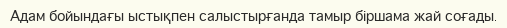
Адам бойындағы ыстықпен салыстырғанда тамыр біршама жай соғады.